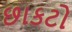
છાકટો